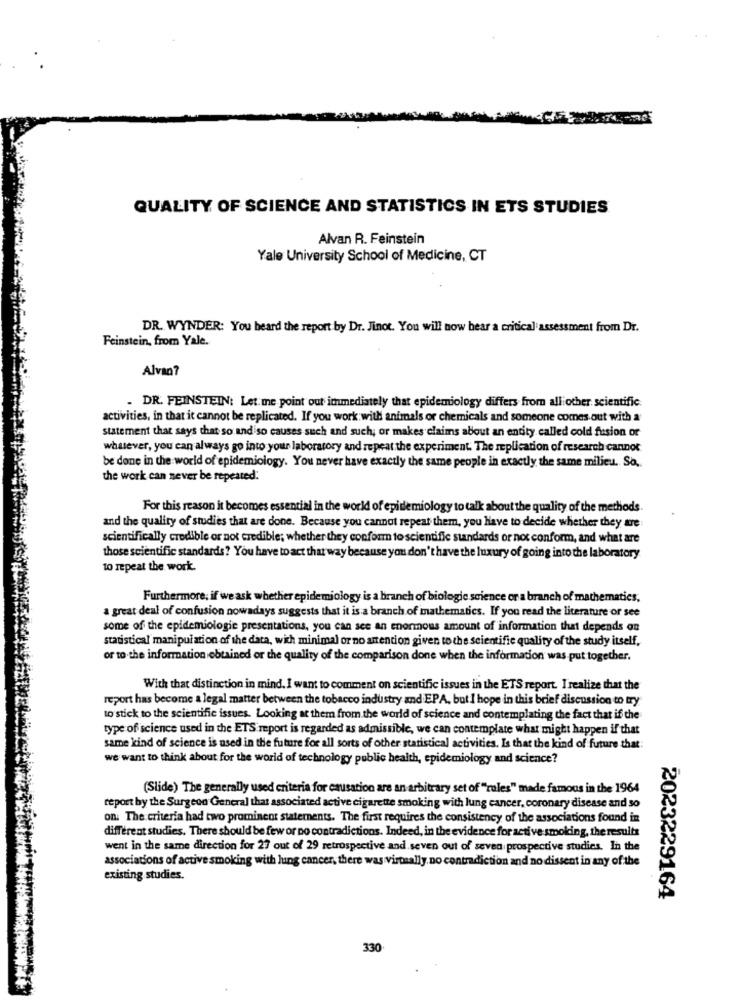
QUALITY OF SCIENCE AND STATISTICS IN ETS STUDIES
Alvan R. Feinstein
Yale University School of Medicine, CT
DR. WYNDER: You heard the report by Dr. Jinot. You will now bear a critical assessment from Dr.
Feinstein, from Yale.
Alvan?
. DR. FEINSTEIN: Let me point out immediately that epidemiology differs from alliother scientific
activities, in that it cannot be replicated. If you work with animals or chemicals and someone comes out with a
statement that says that so and iso causes such and such; or makes claims about an entity called cold fusion or
whatever, you can always go into your laboratory and repeat the experiment. The replication of research cannot
be done in the world of epidemiology. You never have exactly the same people in exactly the same milieu. So,
the work can never be repeated:
For this reason it becomes essential in the world of epidemiology to talk about the quality of the methods.
and the quality of studies that are done. Because you cannot repeat them, you Have to decide whether they are
scientifically credible or not credible; whether they conform to scientific standards or not conform, and what are
those scientific standards? You have to act that way because you don't have the luxury of going into the laboratory
to repeat the work.
Furthermore; if we ask whether epidemiology is a branch of biologic science or a branch of mathematics,
a great deal of confusion nowadays suggests that it is a branch of mathematics. If you read the literature or see
some of the epidemiologie presentations, you can see an enormous amount of information that depends on
statistical manipulation of the data, wich minimal or no antencion given to the scientific quality of the study itself,
or to the information obtained or the quality of the comparison done when the information was put together.
With that distinction in mind. I want to comment on scientific issues in the ETS report. I realize that the
report has become a legal matter between the tobacco industry and EPA, but I hope in this brief discussion to try
to stick to the scientific issues. Looking at them from the world of science and contemplating the fact that if the
type of science used in the ETS report is regarded as admissible, we can contemplate what might happen if that
same kind of science is used in the future for all sorts of other statistical activities. Is that the kind of future that:
we want to think about for the world of technology public health, epidemiology and science?
(Slide) The generally used criteria for causation are an arbitrary set of "rules" made famous in the 1964
report by the Surgeon General that associated active cigarette smoking with lung cancer, coronary disease and so
on. The criteria had two prominent staternents. The first requires the consistency of the associations found in
different studies. There should be few or no contradictions. Indeed, in the evidence for active-smoking, the results
went in the same direction for 27 out of 29 retrospective and seven out of seven prospective studies. In the
associations of active smoking with lung cancer, there was virtually. no contradiction and no dissent in any of the
existing studies.
2023229164
330